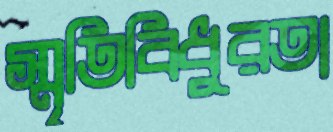
স্মৃতিবিধুরতা